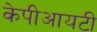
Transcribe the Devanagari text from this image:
केपीआयटी